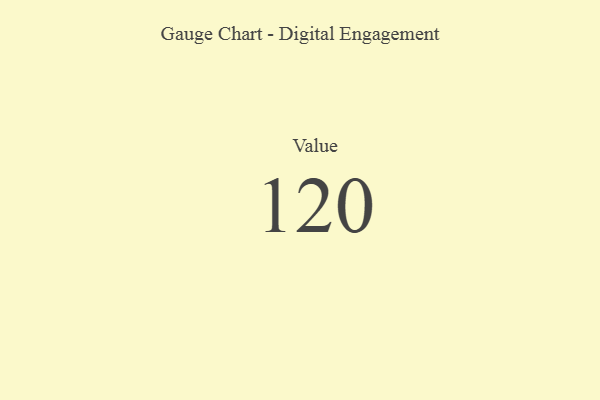
{"axis": {"x": "Metric", "y": "Value"}, "legend": [""], "data": [{"x": "Value", "y": 120, "type": ""}]}